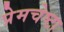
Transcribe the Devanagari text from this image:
प्रेमचेष्टा